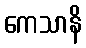
ကေသာနိ